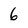
Character: 6